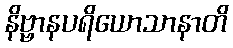
နိဗ္ဗာနပရိယောသာနာတိ